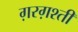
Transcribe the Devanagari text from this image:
ग़रग़श्ती